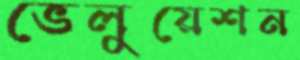
ভেলুয়েশন